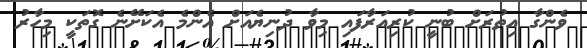
ވެންގާ އިތުރަށް ބުނީ ކުރިއަރާފައި މިވާ ދުނިޔެއަށް އެންމެ އެކަށޭނެ ގޮތަކީ މިހާރު